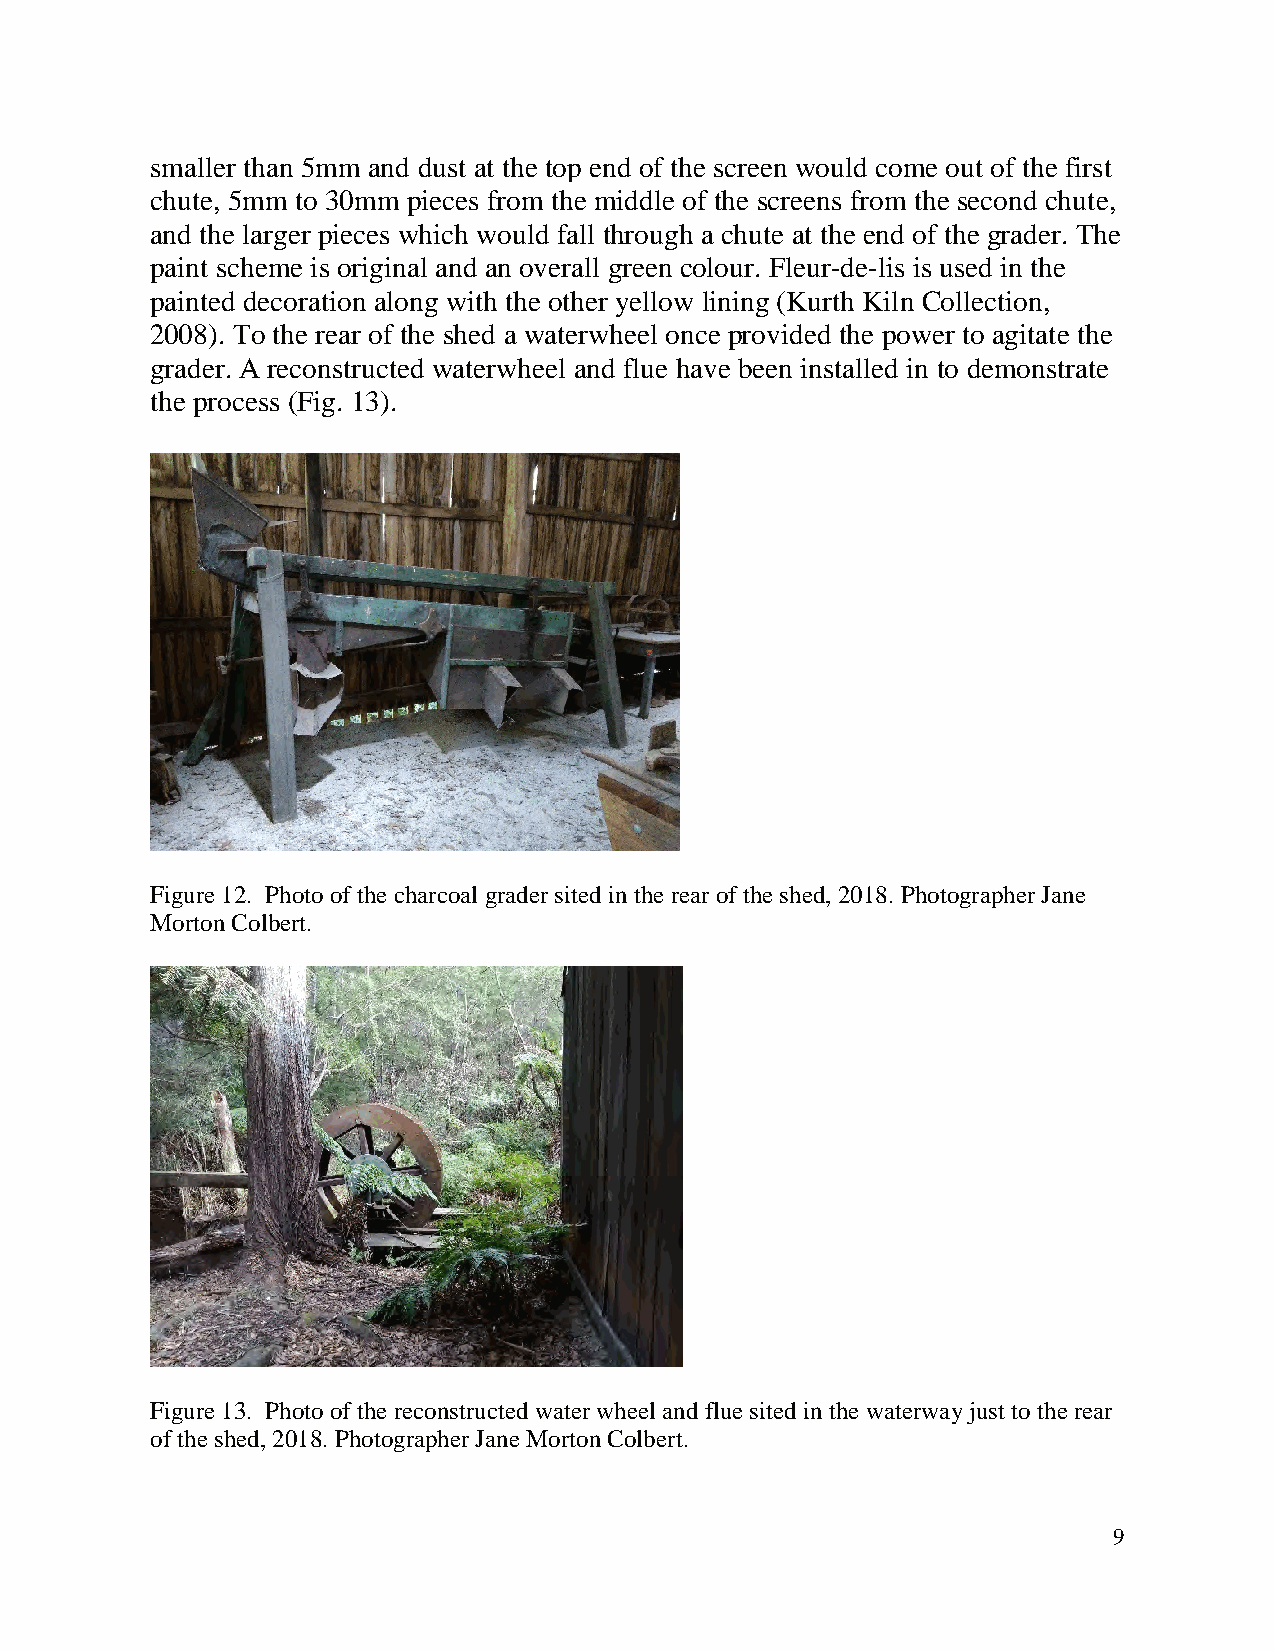
smaller than 5mm and dust at the top end of the screen would come out of the first
 chute, 5mm to 30mm pieces from the middle of the screens from the second chute,
 and the larger pieces which would fall through a chute at the end of the grader. The
 paint scheme is original and an overall green colour. Fleur-de-lis is used in the
 painted decoration along with the other yellow lining (Kurth Kiln Collection,
 2008). To the rear of the shed a waterwheel once provided the power to agitate the
 grader. A reconstructed waterwheel and flue have been installed in to demonstrate
 the process (Fig. 13).
 Figure 12. Photo of the charcoal grader sited in the rear of the shed, 2018. Photographer Jane
 Morton Colbert.
 Figure 13. Photo of the reconstructed water wheel and flue sited in the waterway just to the rear
 of the shed, 2018. Photographer Jane Morton Colbert.
 9